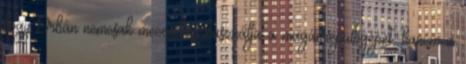
hogy Orbán nemcsak meccsekre használja a magánrepülőgépet, hanem a